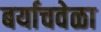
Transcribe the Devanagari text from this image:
बर्याचवेळा